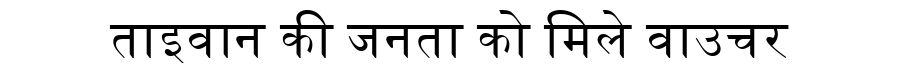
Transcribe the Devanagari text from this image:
ताइवान की जनता को मिले वाउचर